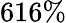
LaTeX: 616\%